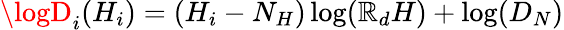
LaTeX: \logD_{i}(H_{i})=(H_{i}-N_{H})\log(\mathbb{R}_{d}H)+\log(D_{N})